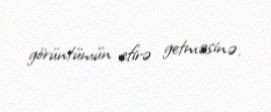
görüntümün efirə getməsinə.